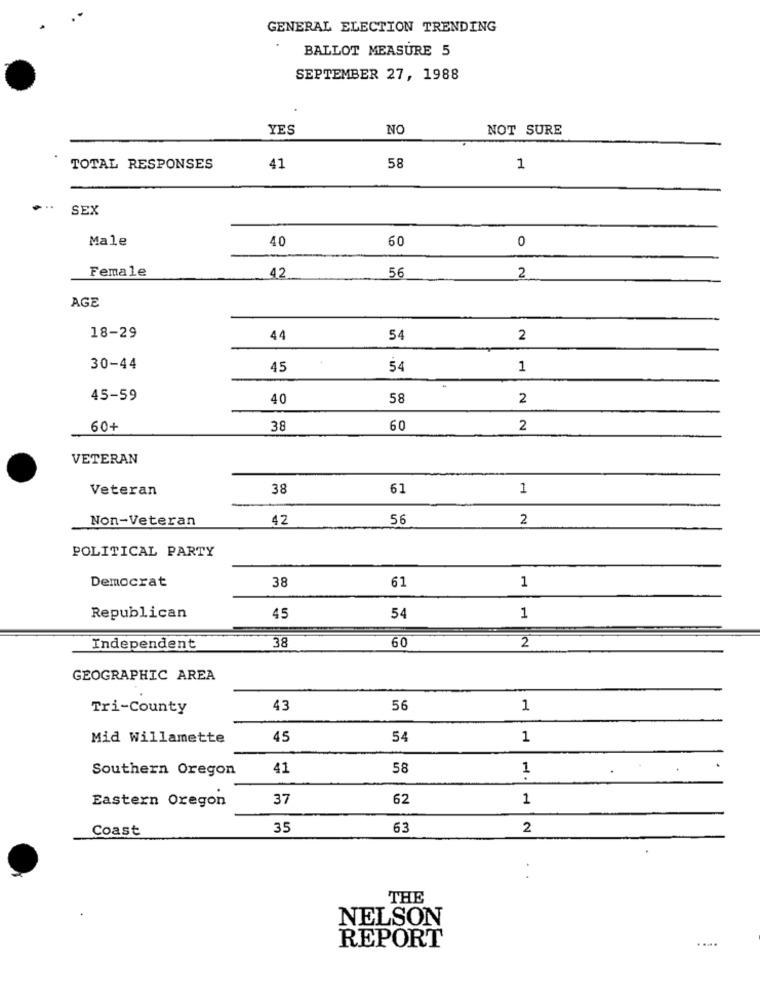
GENERAL ELECTION TRENDING
BALLOT MEASURE 5
SEPTEMBER 27, 1988
YES
NO
NOT SURE
58
TOTAL RESPONSES
41
1
SEX
Male
40
60
0
Female
56
42
2
AGE
18-29
44
54
2
30-44
45
54
1
45-59
40
58
2
60+
38
60
2
VETERAN
Veteran
38
61
1
Non-Veteran
42
56
2
POLITICAL PARTY
Democrat
38
1
61
Republican
45
54
1
38
60
Independent
2
GEOGRAPHIC AREA
Tri-County
43
56
1
Mid Willamette
45
54
1
Southern Oregon
41
58
1
Eastern Oregon
37
62
1
Coast
35
63
2
THE
NELSON
.....
REPORT